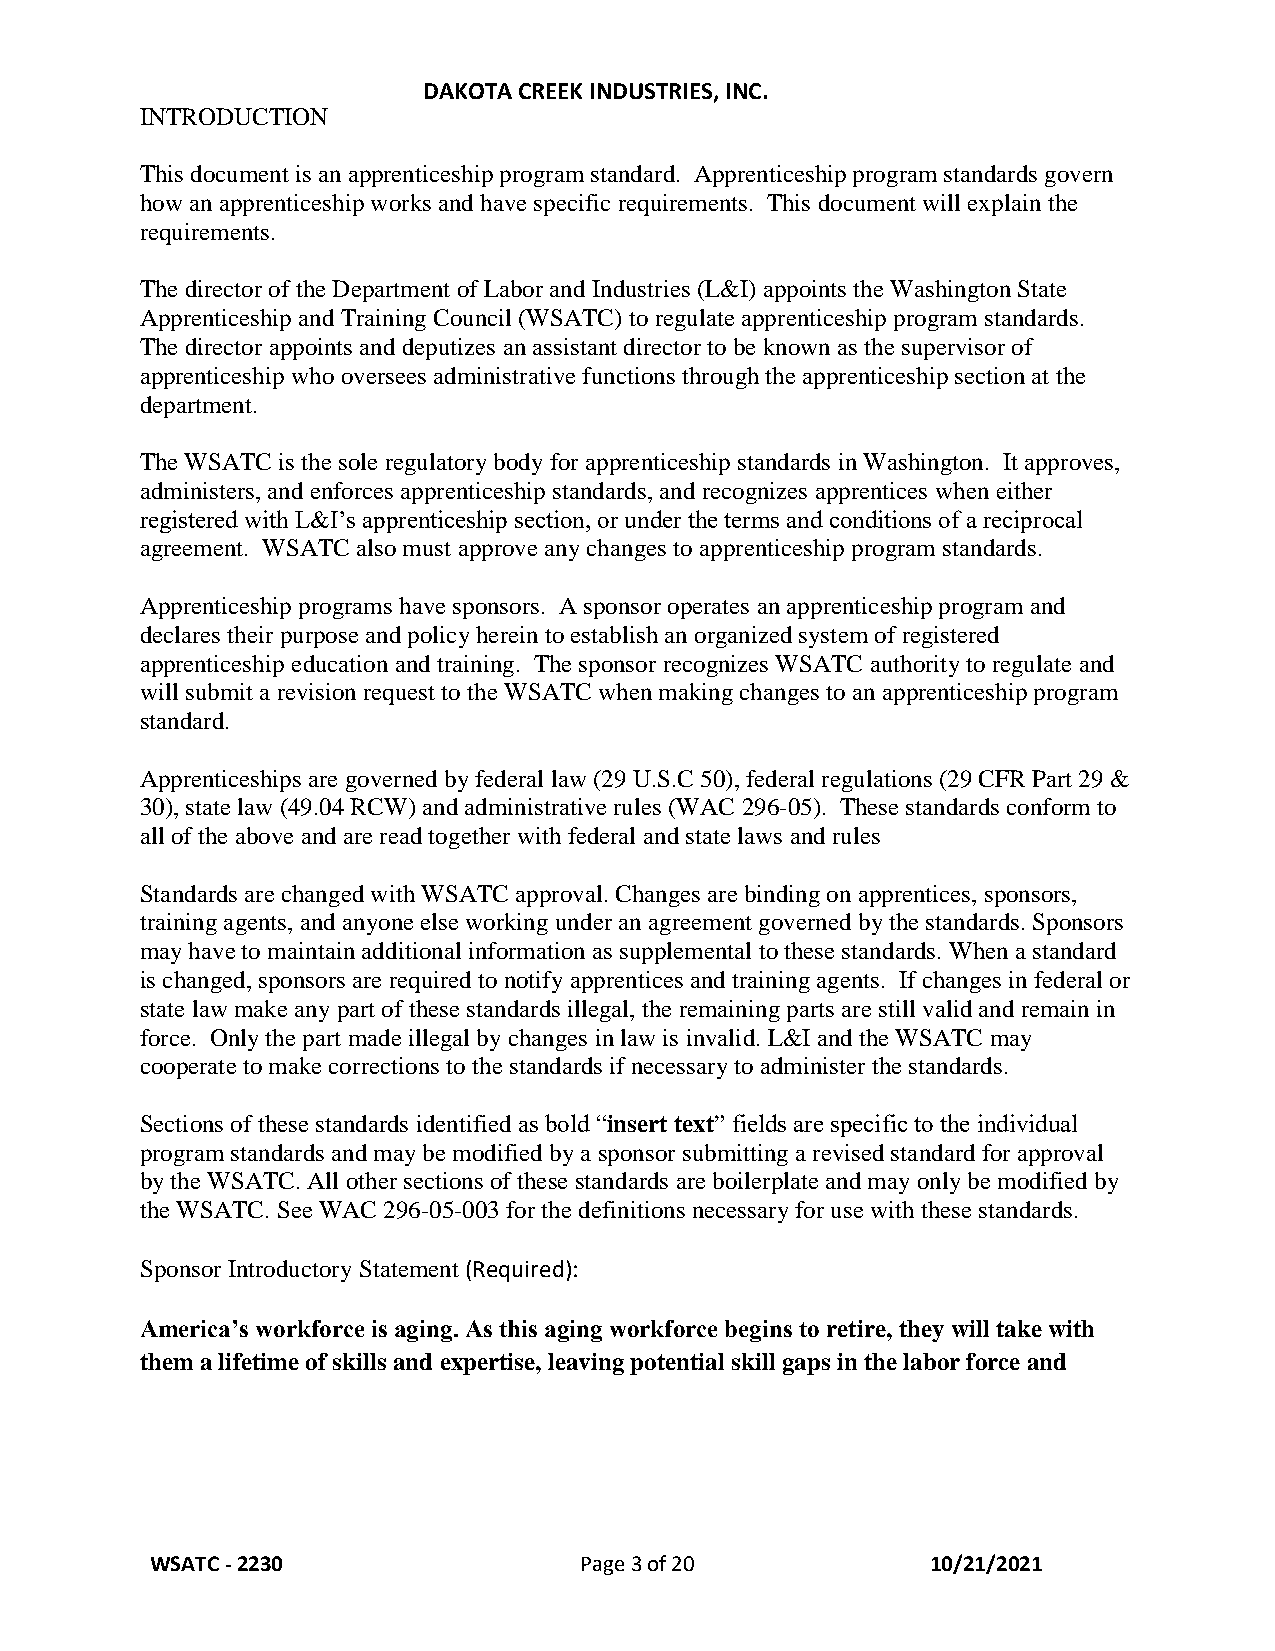
DAKOTA CREEK INDUSTRIES, INC.
 INTRODUCTION
 This document is an apprenticeship program standard. Apprenticeship program standards govern
 how an apprenticeship works and have specific requirements. This document will explain the
 requirements.
 The director of the Department of Labor and Industries (L&I) appoints the Washington State
 Apprenticeship and Training Council (WSATC) to regulate apprenticeship program standards.
 The director appoints and deputizes an assistant director to be known as the supervisor of
 apprenticeship who oversees administrative functions through the apprenticeship section at the
 department.
 The WSATC is the sole regulatory body for apprenticeship standards in Washington. It approves,
 administers, and enforces apprenticeship standards, and recognizes apprentices when either
 registered with L&I’s apprenticeship section, or under the terms and conditions of a reciprocal
 agreement. WSATC also must approve any changes to apprenticeship program standards.
 Apprenticeship programs have sponsors. A sponsor operates an apprenticeship program and
 declares their purpose and policy herein to establish an organized system of registered
 apprenticeship education and training. The sponsor recognizes WSATC authority to regulate and
 will submit a revision request to the WSATC when making changes to an apprenticeship program
 standard.
 Apprenticeships are governed by federal law (29 U.S.C 50), federal regulations (29 CFR Part 29 &
 30), state law (49.04 RCW) and administrative rules (WAC 296-05). These standards conform to
 all of the above and are read together with federal and state laws and rules
 Standards are changed with WSATC approval. Changes are binding on apprentices, sponsors,
 training agents, and anyone else working under an agreement governed by the standards. Sponsors
 may have to maintain additional information as supplemental to these standards. When a standard
 is changed, sponsors are required to notify apprentices and training agents. If changes in federal or
 state law make any part of these standards illegal, the remaining parts are still valid and remain in
 force. Only the part made illegal by changes in law is invalid. L&I and the WSATC may
 cooperate to make corrections to the standards if necessary to administer the standards.
 Sections of these standards identified as bold “insert text” fields are specific to the individual
 program standards and may be modified by a sponsor submitting a revised standard for approval
 by the WSATC. All other sections of these standards are boilerplate and may only be modified by
 the WSATC. See WAC 296-05-003 for the definitions necessary for use with these standards.
 Sponsor Introductory Statement (Required):
 America’s workforce is aging. As this aging workforce begins to retire, they will take with
 them a lifetime of skills and expertise, leaving potential skill gaps in the labor force and
 WSATC - 2230                Page 3 of 20            10/21/2021